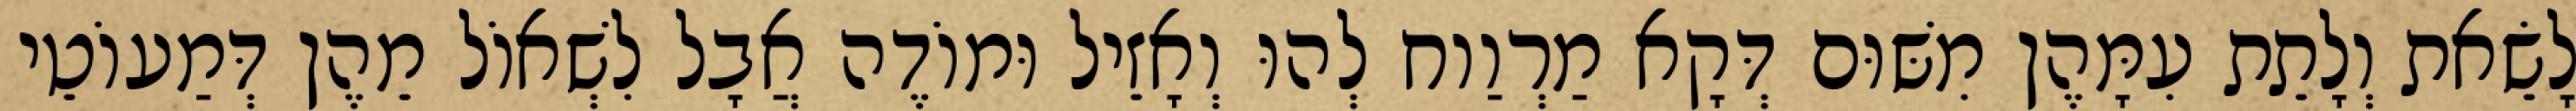
לָשֵׂאת וְלָתֵת עִמָּהֶן מִשּׁוּם דְּקָא מַרְוַוח לְהוּ וְאָזֵיל וּמוֹדֶה אֲבָל לִשְׁאוֹל מֵהֶן דְּמַעוֹטֵי